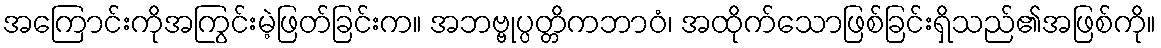
အကြောင်းကိုအကြွင်းမဲ့ဖြတ်ခြင်းက။ အဘဗ္ဗုပ္ပတ္တိကဘာဝံ၊ အထိုက်သောဖြစ်ခြင်းရှိသည်၏အဖြစ်ကို။